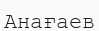
Анағаев